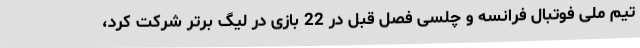
تیم ملی فوتبال فرانسه و چلسی فصل قبل در 22 بازی در لیگ برتر شرکت کرد،